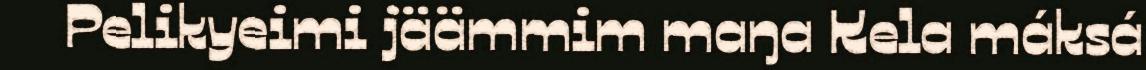
Pelikyeimi jäämmim maŋa Kela máksá